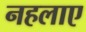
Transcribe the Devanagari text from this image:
नहलाए